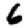
Digit: 6